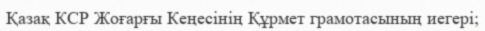
Қазақ КСР Жоғарғы Кеңесінің Құрмет грамотасының иегері;